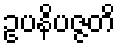
ဥပနိပဇ္ဇတိ